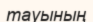
тауының